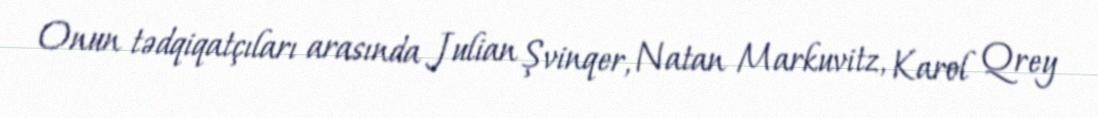
Onun tədqiqatçıları arasında Julian Şvinqer, Natan Markuvitz, Karol Qrey